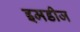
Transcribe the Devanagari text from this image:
इमडीज